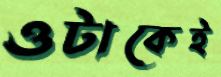
ওটাকেই